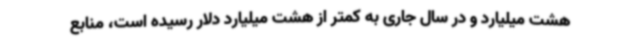
هشت میلیارد و در سال جاری به کمتر از هشت میلیارد دلار رسیده است، منابع